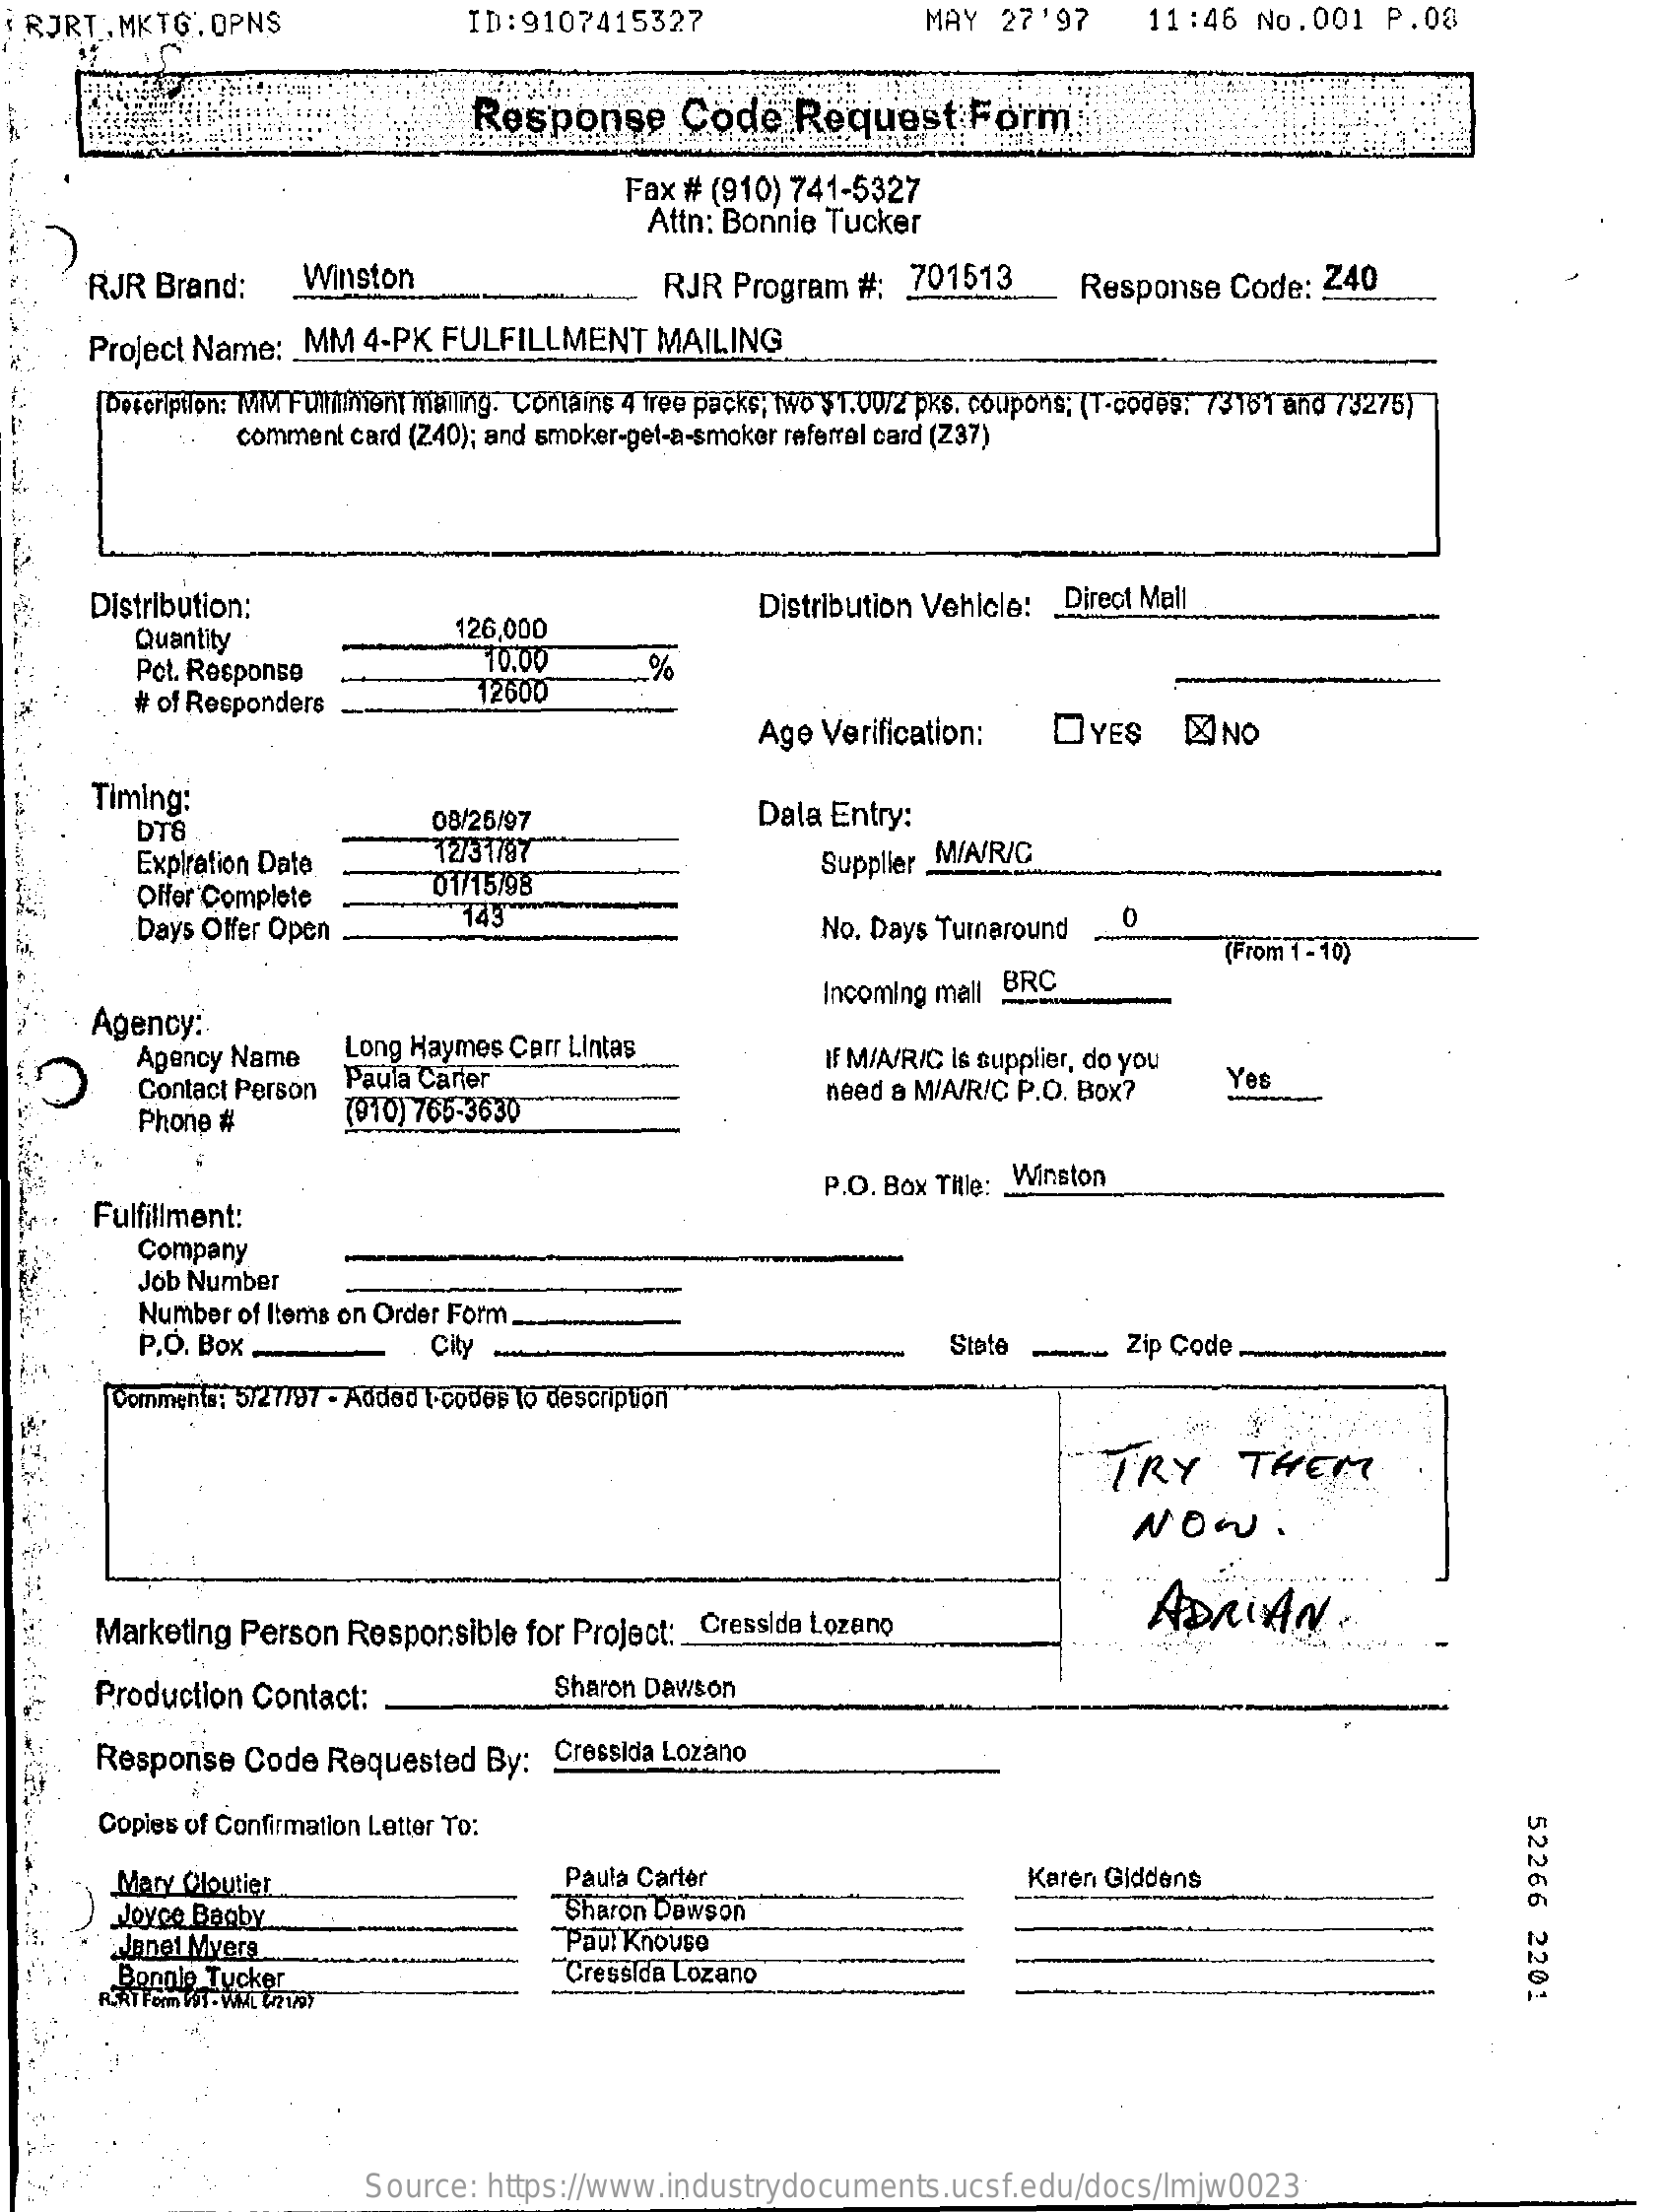
RJRT. MKTG.OPNS    ID: 9107415327    MAY  27'97    11:46  No.001   P.08
     Response    Code    Request    Form
     Fax # (910) 741-5327
     Attn: Bonnie Tucker
     RJR Brand:    Winston    RJR Program  #:  701513    Response  Code:  240
     Project Name:  MM  4-PK  FULFILLMENT    MAILING
     Description: Mu Fullinien maling. Contains 4 free packs; Two $1.00/2 pKs. coupons; (T-codes: 73161 and 73275)
     comment card (Z40); and smoker-get-a-smoker referral card (Z37)
     Distribution:    Distribution Vehicle: _ Direct Mall
     Quantity    126,000
     Pct. Response    10.00
     # of Responders    12600
     %
     Age  Verification:    OYES    & NO
     Timing:
     DT8    08/26/97    Dala Entry:
     Expiration Date    12/31787
     Offer Complete    01/15/98
     Supplier MIA/R/C
     Days Offer Open
     143    No. Days Turnaround
     (From 1 - 10)
     Agency:
     Incoming mall BRC
     Agency Name    Long Haymes Carr Lintas
     Contact Person Paula Carter
     IF M/A/R/C is supplier, do you
     (910) 765-3630
     need a M/A/R/C P.O. Box?    Yes
     Phone #
     Fulfillment:
     P.O. Box Title: _ Winston
     Company
     Job Number
     Number of Items on Order Form.
     P.O. Box.    City    State -    Zip Code .
     Comments: 5727/97 - Added toodes to description"
     TRY    THEM
     NOW:
     Marketing Person  Responsible  for Project: Cressida Lozano    ADRIAN    .
     Production Contact:    Sharon Dawson
     Response  Code  Requested   By:  Cressida Lozano
     Copies of Confirmation Letter To:
     52266
     2201
     Mary Cloutier    Paula Carter    Karen Giddens
     Joyce Bagby    "Sharon Dewson
     Janet Mvers    Paul Knowse
     BenDie Tucker    "Cressida Lozano
     Source:  https://www.industrydocuments.ucsf.edu/docs/lmjw0023